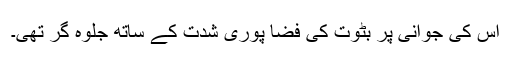
اس کی جوانی پر بٹوت کی فضا پوری شدت کے ساتھ جلوہ گر تھی۔